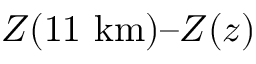
Z ( 1 1 \mathrm { \ k m } ) – Z ( z )